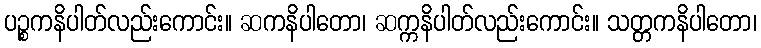
ပဉ္စကနိပါတ်လည်းကောင်း။ ဆကနိပါတော၊ ဆက္ကနိပါတ်လည်းကောင်း။ သတ္တကနိပါတော၊